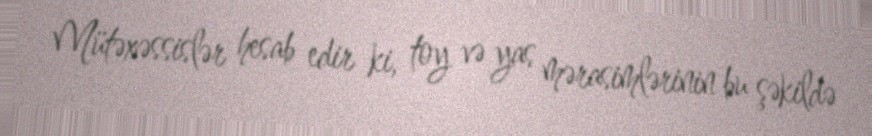
Mütəxəssislər hesab edir ki, toy və yas mərasimlərinin bu şəkildə